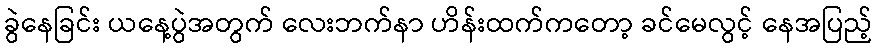
ခွဲနေခြင်း ယနေ့ပွဲအတွက် လေးဘက်နာ ဟိန်းထက်ကတော့ ခင်မေလွင့် နေအပြည့်